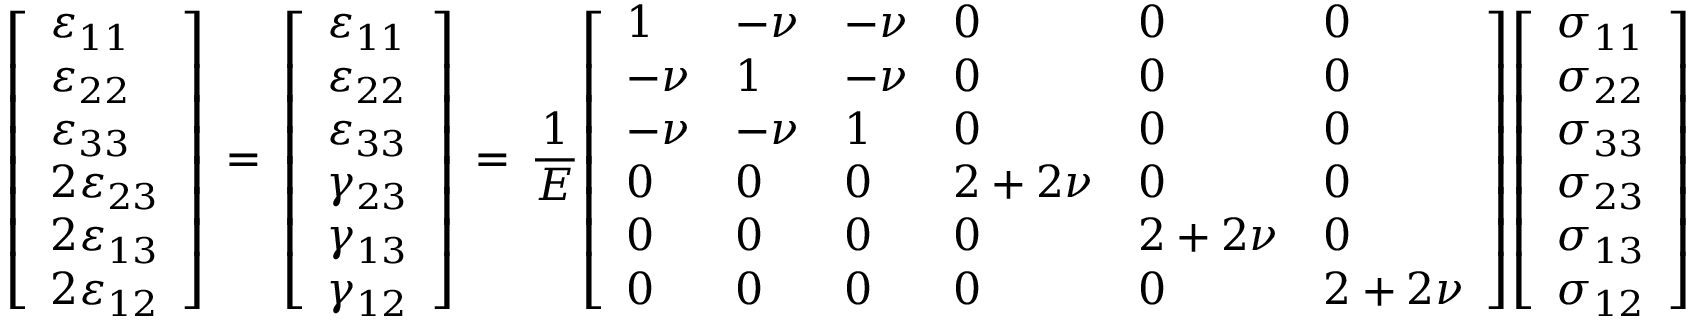
{ \left[ \begin{array} { l } { \varepsilon _ { 1 1 } } \\ { \varepsilon _ { 2 2 } } \\ { \varepsilon _ { 3 3 } } \\ { 2 \varepsilon _ { 2 3 } } \\ { 2 \varepsilon _ { 1 3 } } \\ { 2 \varepsilon _ { 1 2 } } \end{array} \right] } \, = \, { \left[ \begin{array} { l } { \varepsilon _ { 1 1 } } \\ { \varepsilon _ { 2 2 } } \\ { \varepsilon _ { 3 3 } } \\ { \gamma _ { 2 3 } } \\ { \gamma _ { 1 3 } } \\ { \gamma _ { 1 2 } } \end{array} \right] } \, = \, { \frac { 1 } { E } } { \left[ \begin{array} { l l l l l l } { 1 } & { - \nu } & { - \nu } & { 0 } & { 0 } & { 0 } \\ { - \nu } & { 1 } & { - \nu } & { 0 } & { 0 } & { 0 } \\ { - \nu } & { - \nu } & { 1 } & { 0 } & { 0 } & { 0 } \\ { 0 } & { 0 } & { 0 } & { 2 + 2 \nu } & { 0 } & { 0 } \\ { 0 } & { 0 } & { 0 } & { 0 } & { 2 + 2 \nu } & { 0 } \\ { 0 } & { 0 } & { 0 } & { 0 } & { 0 } & { 2 + 2 \nu } \end{array} \right] } { \left[ \begin{array} { l } { \sigma _ { 1 1 } } \\ { \sigma _ { 2 2 } } \\ { \sigma _ { 3 3 } } \\ { \sigma _ { 2 3 } } \\ { \sigma _ { 1 3 } } \\ { \sigma _ { 1 2 } } \end{array} \right] }